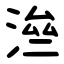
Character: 㴉